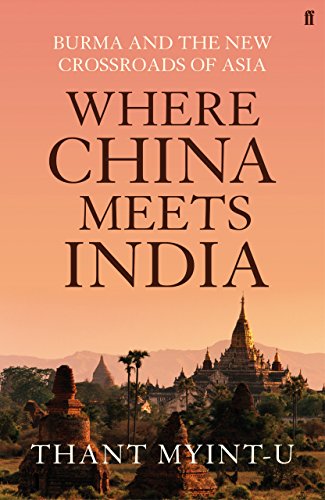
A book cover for Where China Meets India: Burma and the Closing of the Great Asian Frontier. by Thant Myint-U; Thant Myint-U; Travel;